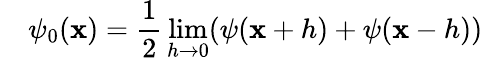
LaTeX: \quad\psi_{0}(\mathbf{x})={\frac{{1}}{{2}}}\operatorname*{lim}_{h\to0}(\psi(\mathbf{x}+h)+\psi(\mathbf{x}-h))